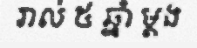
រាល់ ៥ ឆ្នាំ ម្តង